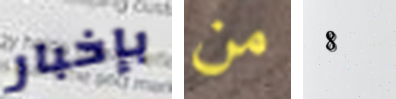
بإخبار من 8